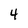
Character: 4